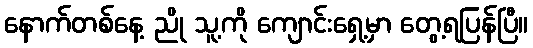
နောက်တစ်နေ့ ညို သူ့ကို ကျောင်းရှေ့မှာ တွေ့ရပြန်ပြီ။